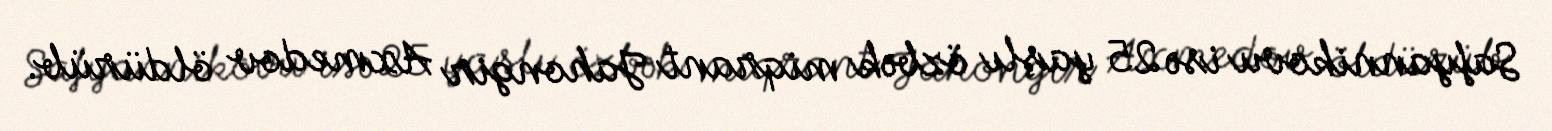
Safyannikovu isə 25 yaşlı özbək miqrant Jahongir Axmedov öldürüb.